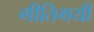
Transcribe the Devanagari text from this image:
गीतिमयी